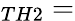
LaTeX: _{TH2}=